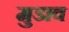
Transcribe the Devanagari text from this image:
मुडाव